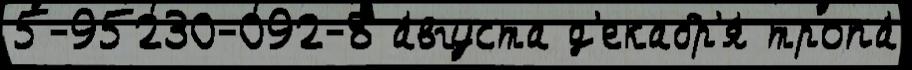
5-95230-092-8 а́вгуста д'екабр'я́ тропа́